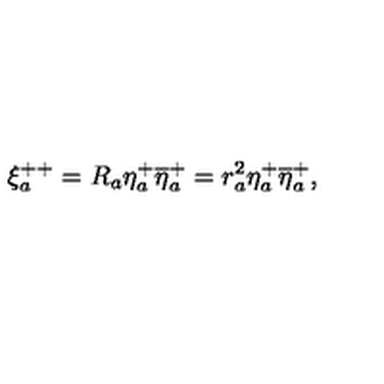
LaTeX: \xi _ { a } ^ { + + } = R _ { a } \eta _ { a } ^ { + } \overline { { \eta } } _ { a } ^ { + } = r _ { a } ^ { 2 } \eta _ { a } ^ { + } \overline { { \eta } } _ { a } ^ { + } ,